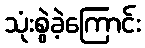
သုံးစွဲခဲ့ကြောင်း